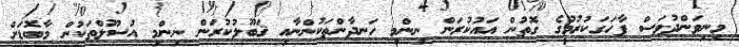
މިނިވަންދުވަސް ފާހަގަކުރުމުގެ ގޮތުން އައުކުރަން ނިންމި ހަނދާންތަކުންނާއި ޤަބޫލުކުރަން ނިންމި އުސޫލްތަކުން މާބޮޑަށް